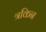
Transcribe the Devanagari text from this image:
त्रकिन